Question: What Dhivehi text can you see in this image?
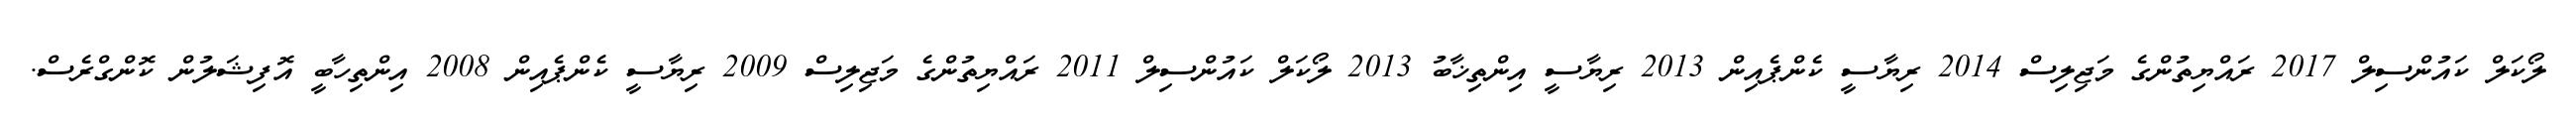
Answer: ލޯކަލް ކައުންސިލް 2017 ރައްޔިތުންގެ މަޖިލިސް 2014 ރިޔާސީ ކެންޕެއިން 2013 ރިޔާސީ އިންތިޚާބު 2013 ލޯކަލް ކައުންސިލް 2011 ރައްޔިތުންގެ މަޖިލިސް 2009 ރިޔާސީ ކެންޕެއިން 2008 އިންތިހާބީ އޮފިޝަލުން ކޮންގްރެސް.